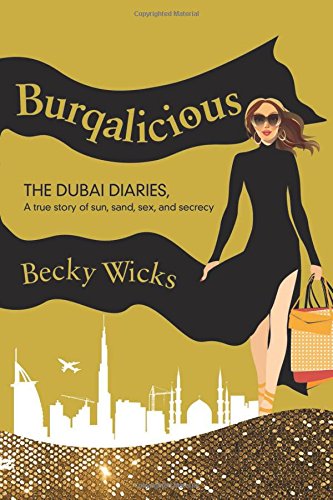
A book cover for Burqalicious: The Dubai Diaries: A True Story of Sun, Sand, Sex, and Secrecy; Becky Wicks; Travel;